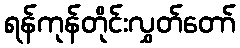
ရန်ကုန်တိုင်းလွှတ်တော်